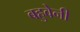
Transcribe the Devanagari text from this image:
बहुवेनी